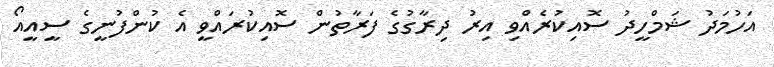
އަހުމަދު ޝަމްހީދު ސޮއިކުރެއްވި އިރު ދިރާގުގެ ފަރާތުން ސޮއިކުރައްވީ އެ ކުންފުނީގެ ސީއީއޯ